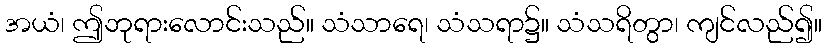
အယံ၊ ဤဘုရားလောင်းသည်။ သံသာရေ၊ သံသရာ၌။ သံသရိတွာ၊ ကျင်လည်၍။